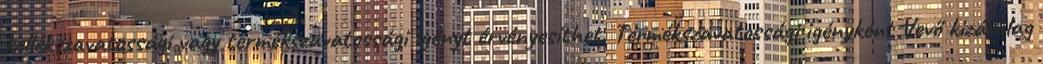
kellékszavatossági vagy termékszavatossági igényt érvényesíthet. Termékszavatossági igényként Vevő kizárólag